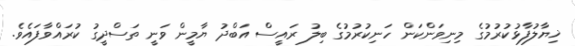
ޚިޔާލުފާޅުކުރުމުގެ މިނިވަންކަން ހަނިކުރުމުގެ ބިލު ރައީސް އަބްދު ޔާމީން ވަނީ ތަސްދީގު ކުރައްވާފައެވެ.